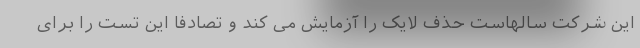
این شرکت سالهاست حذف لایک را آزمایش می کند و تصادفا این تست را برای